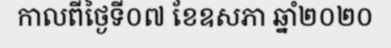
កាលពីថ្ងៃទី០៧ ខែឧសភា ឆ្នាំ២០២០